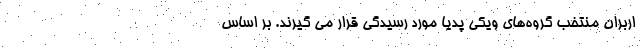
اربران منتخب گروه‌های ویکی پدیا مورد رسیدگی قرار می گیرند. بر اساس